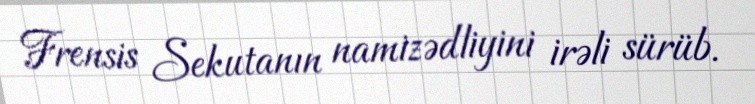
Frensis Sekutanın namizədliyini irəli sürüb.